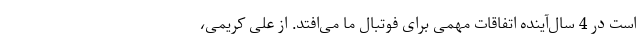
است در 4 سال‌آینده اتفاقات مهمی برای فوتبال ما می‌افتد. از علی کریمی،